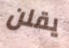
يقلن